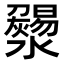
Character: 𤃄